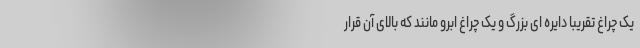
یک چراغ تقریبا دایره ای بزرگ و یک چراغ ابرو مانند که بالای آن قرار